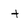
Character: t